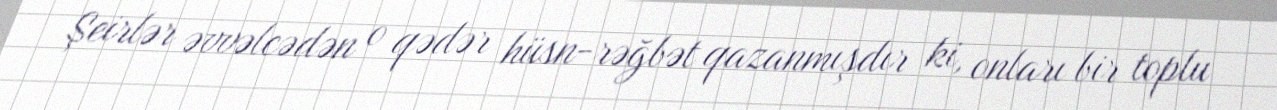
Şeirlər əvvəlcədən o qədər hüsn-rəğbət qazanmışdır ki, onları bir toplu